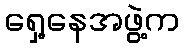
ရှေ့နေအဖွဲ့က